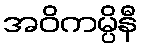
အဝိကမ္ပိနီ